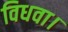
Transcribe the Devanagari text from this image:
विधवा।